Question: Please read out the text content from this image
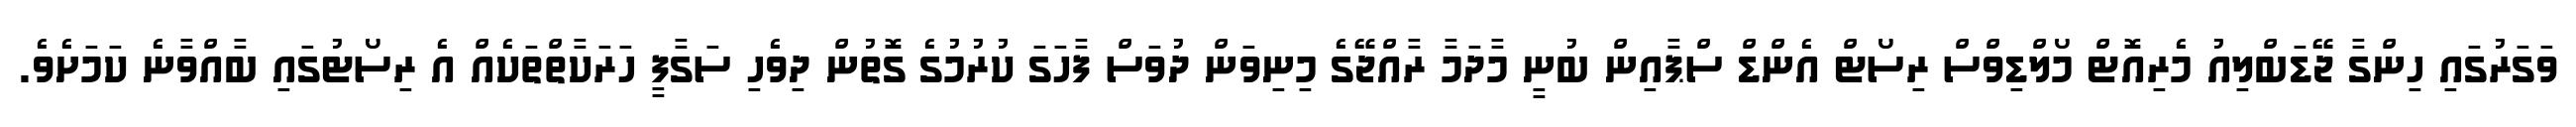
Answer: ވަގަރުގައި ހިންގާ ޖޭޑަބްލިއު މެރިއޮޓް މޯލްޑިވްސް ރިސޯޓް އެންޑް ސްޕާއިން ބުނީ މާދަމާ ރާއްޖޭގެ މިނިވަން ދުވަސް ފާހަގަ ކުރުމުގެ ގޮތުން ދިވެހި ސަގާފީ ހަރަކާތްތަކެއް އެ ރިސޯޓުގައި ބާއްވާނެ ކަމަށެވެ.